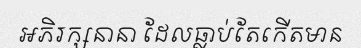
អភិរក្សនានា ដែលធ្លាប់តែកើតមាន